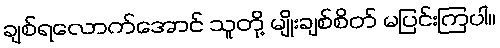
ချစ်ရလောက်အောင် သူတို့ မျိုးချစ်စိတ် မပြင်းကြပါ။